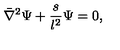
\bar { \nabla } ^ { 2 } \Psi + { \frac { s } { l ^ { 2 } } } \Psi = 0 ,